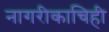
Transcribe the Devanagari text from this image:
नागरीकाचिही